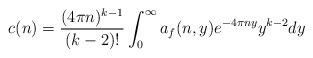
LaTeX: \begin{align*}\begin{aligned}c(n)=\frac{(4\pi n)^{k-1}}{(k-2)!}\int_0^\infty a_f(n,y)e^{-4\pi ny}y^{k-2}dy\end{aligned}\end{align*}